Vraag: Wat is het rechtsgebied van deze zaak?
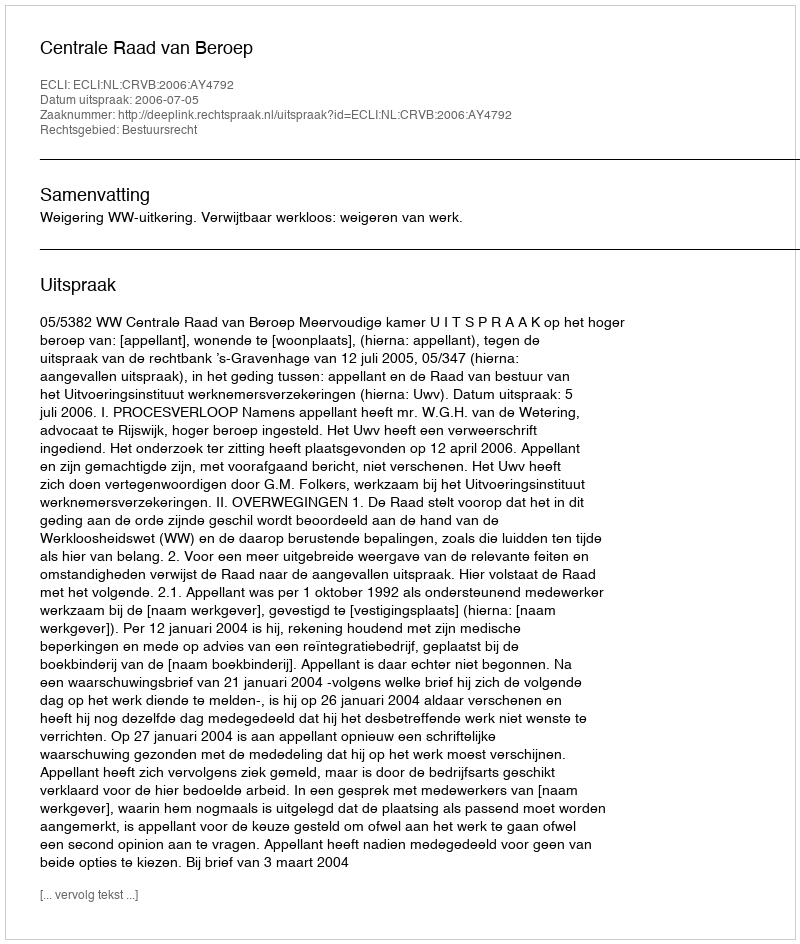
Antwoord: Bestuursrecht